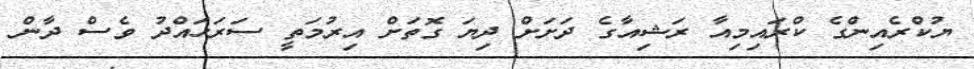
ޔުކްރެއިންގެ ކްރައިމިއާ ރަޝިއާގެ ދަށަށް ދިޔަ ގޮތަށް އިރުމަތީ ސަރަހައްދު ވެސް ދާން